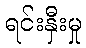
ရင်းနှီးမှု